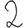
Digit: 2